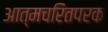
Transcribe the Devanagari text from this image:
आत्मचरितपरक